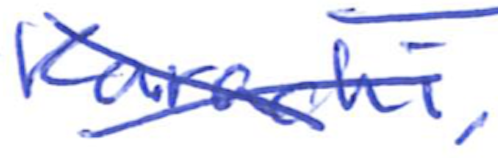
Text: Karachi,
Cross-out: cross
Writing tool: ballpoint